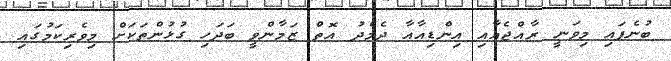
ބުނެފައި މިވަނީ ރާއްޖެއާއި އިންޑިއާއާ ދެމެދު އޮތް ޒަމާންވީ ބަދަހި ގުޅުންތަކަށް މިވެރިކަމުގައި